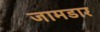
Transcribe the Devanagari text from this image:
जामडार